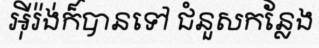
អ៊ីរ៉ង់ក៏បានទៅ ជំនួសកន្លែង